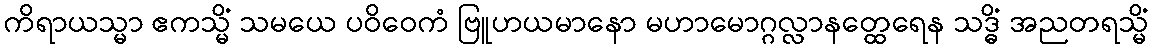
ကိရာယသ္မာ ဧကသ္မိံ သမယေ ပဝိဝေကံ ဗြူဟယမာနော မဟာမောဂ္ဂလ္လာနတ္ထေရေန သဒ္ဓိံ အညတရသ္မိံ